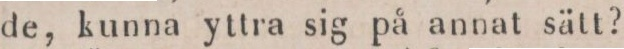
de, kunna yttra sig på annat sätt?